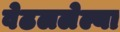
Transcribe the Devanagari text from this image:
वेढललेल्या